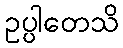
ဥပ္ပါတေသိ